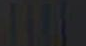
THE